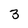
Character: 3